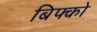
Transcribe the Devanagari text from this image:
बिफ्को